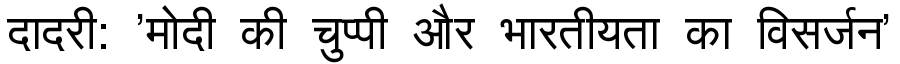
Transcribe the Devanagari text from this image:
दादरी: 'मोदी की चुप्पी और भारतीयता का विसर्जन'